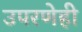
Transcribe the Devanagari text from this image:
उपरणेही